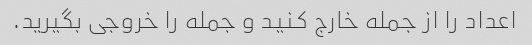
اعداد را از جمله خارج کنید و جمله را خروجی بگیرید.